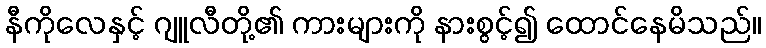
နီကိုလေနှင့် ဂျူလီတို့၏ ကားများကို နားစွင့်၍ ထောင်နေမိသည်။